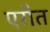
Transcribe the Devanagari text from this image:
एरौत